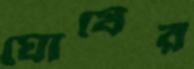
ঘোষের